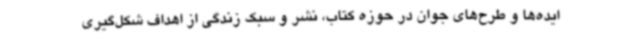
ایده‌ها و طرح‌های جوان در حوزه کتاب، نشر و سبک زندگی از اهداف شکل‌گیری